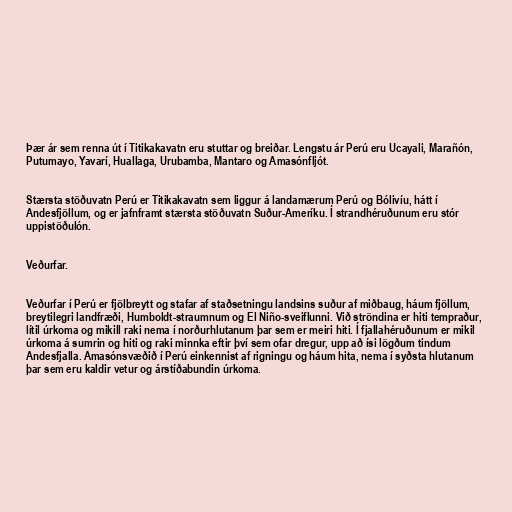
Þær ár sem renna út í Titikakavatn eru stuttar og breiðar. Lengstu ár Perú eru Ucayali, Marañón,
Putumayo, Yavarí, Huallaga, Urubamba, Mantaro og Amasónfljót.

Stærsta stöðuvatn Perú er Titikakavatn sem liggur á landamærum Perú og Bólivíu, hátt í
Andesfjöllum, og er jafnframt stærsta stöðuvatn Suður-Ameríku. Í strandhéruðunum eru stór
uppistöðulón.

Veðurfar.

Veðurfar í Perú er fjölbreytt og stafar af staðsetningu landsins suður af miðbaug, háum fjöllum,
breytilegri landfræði, Humboldt-straumnum og El Niño-sveiflunni. Við ströndina er hiti tempraður,
lítil úrkoma og mikill raki nema í norðurhlutanum þar sem er meiri hiti. Í fjallahéruðunum er mikil
úrkoma á sumrin og hiti og raki minnka eftir því sem ofar dregur, upp að ísi lögðum tindum
Andesfjalla. Amasónsvæðið í Perú einkennist af rigningu og háum hita, nema í syðsta hlutanum
þar sem eru kaldir vetur og árstíðabundin úrkoma.